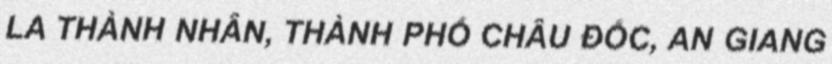
LA THÀNH NHÂN, THÀNH PHỐ CHÂU ĐỐC, AN GIANG